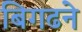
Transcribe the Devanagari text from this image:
बिगढने